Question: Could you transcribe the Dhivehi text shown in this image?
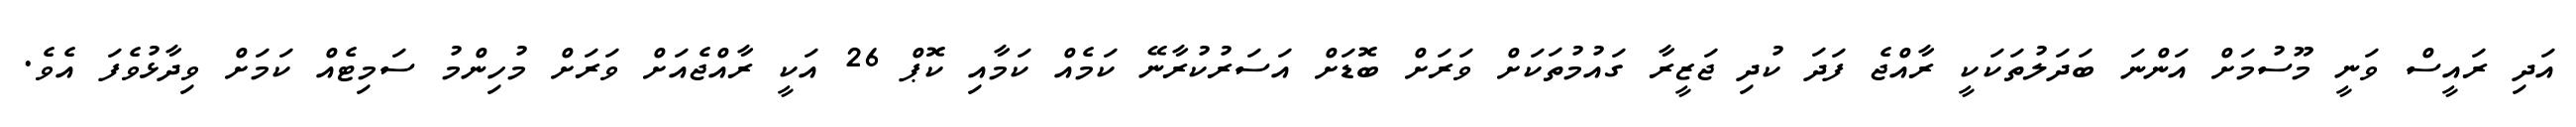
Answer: އަދި ރައީސް ވަނީ މޫސުމަށް އަންނަ ބަދަލުތަކަކީ ރާއްޖެ ފަދަ ކުދި ޖަޒީރާ ގައުމުތަކަށް ވަރަށް ބޮޑަށް އަސަރުކުރާނޭ ކަމެއް ކަމާއި ކޮޕް 26 އަކީ ރާއްޖެއަށް ވަރަށް މުހިންމު ސަމިޓެއް ކަމަށް ވިދާޅުވެފަ އެވެ.